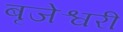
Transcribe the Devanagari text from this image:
बृजेश्वरी